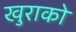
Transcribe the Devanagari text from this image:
खुराको